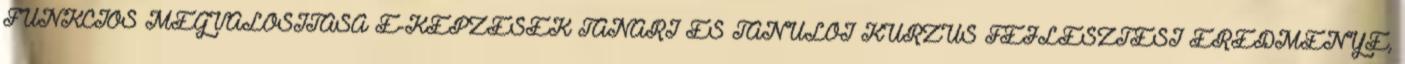
FUNKCIÓS MEGVALÓSÍTÁSA E-KÉPZÉSEK TANÁRI ÉS TANULÓI KURZUS FEJLESZTÉSI EREDMÉNYE,